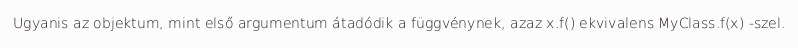
Ugyanis az objektum, mint első argumentum átadódik a függvénynek, azaz x.f() ekvivalens MyClass.f(x) -szel.